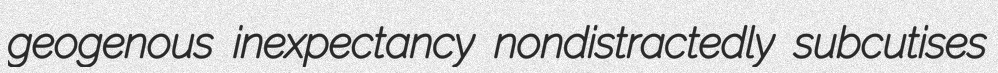
geogenous inexpectancy nondistractedly subcutises